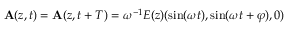
{ \bf A } ( z , t ) = { \bf A } ( z , t + T ) = \omega ^ { - 1 } E ( z ) ( \sin ( \omega t ) , \sin ( \omega t + \varphi ) , 0 )